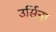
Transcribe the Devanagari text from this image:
उर्सिना